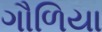
ગૌળિયા